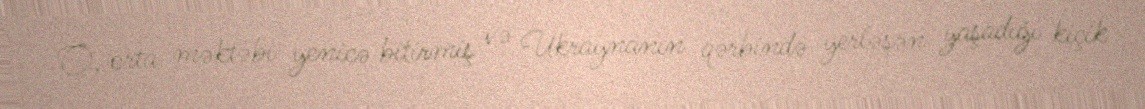
O, orta məktəbi yenicə bitirmiş və Ukraynanın qərbində yerləşən yaşadığı kiçik